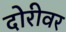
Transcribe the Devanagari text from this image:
दोरीवर